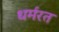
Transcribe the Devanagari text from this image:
धर्मरत